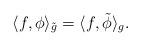
LaTeX: \begin{align*} \langle f, \phi \rangle_{\tilde{g}} = \langle f, \tilde{\phi} \rangle_g.\end{align*}